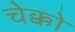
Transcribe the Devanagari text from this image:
चेक्को